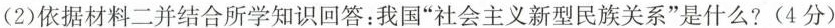
(2)依据材料二并结合所学知识回答：我国”社会主义新型民族关系”是什么?(4分)